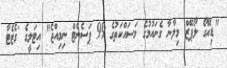
"ޑިއޭގޯ ލޯޕޭޒް މިލާނާ ގެނައުމުގެ މަސައްކަތުގެ 99 ޕަސެންޓް ނިމިއްޖެ" އިޓަލީގެ 'ގެޒެޓާ